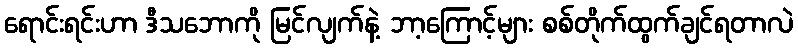
ရောင်းရင်းဟာ ဒီသဘောကို မြင်လျက်နဲ့ ဘာ့ကြောင့်များ စစ်တိုက်ထွက်ချင်ရတာလဲ